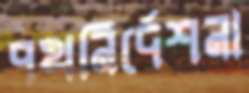
পথনির্দেশনা